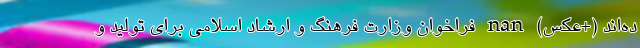
ده‌اند (+عکس) nan فراخوان وزارت فرهنگ و ارشاد اسلامی برای تولید و